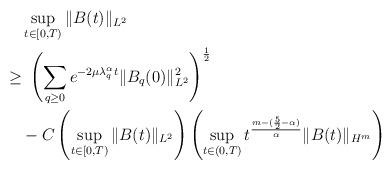
LaTeX: \begin{align*}&\sup_{t\in[0,T)}\|B(t)\|_{L^2}\\\geq&\ \left(\sum_{q\geq0}e^{-2\mu\lambda_q^\alpha t} \|B_q(0)\|^2_{L^2}\right)^{\frac12}\\&-C\left(\sup_{t\in[0,T)}\|B(t)\|_{L^2} \right) \left(\sup_{t\in(0,T)}t^{\frac{m-(\frac52-\alpha)}{\alpha}}\|B(t)\|_{H^m} \right)\end{align*}